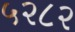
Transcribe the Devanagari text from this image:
५२८२